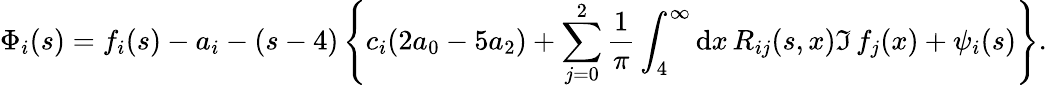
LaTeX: \Phi_{i}(s)=f_{i}(s)-a_{i}-(s-4)\left\{ c_{i}(2a_{0}-5a_{2})+\sum_{j=0}^{2}{\frac{1}{\pi}}\int_{4}^{\infty}\mathrm{d}x\, R_{ij}(s,x)\Im\, f_{j}(x)+\psi_{i}(s)\right\} .